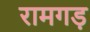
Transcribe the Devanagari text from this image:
रामगड़